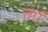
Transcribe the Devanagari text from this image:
तपं